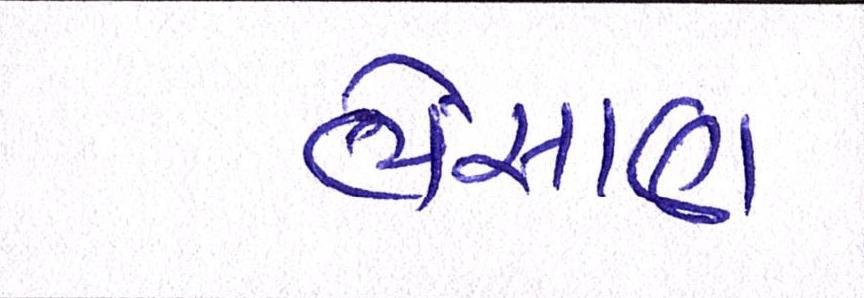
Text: ભેંસાણ